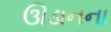
ઊડાનના